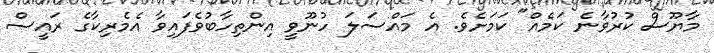
މާޔޫސް ކުރުވާނެ ކަމެއް" ކަމަށެވެ. އެ މައްސަލަ ހުނޫވީ އިންތިހާބުވެފައިވާ އެމެރިކާގެ ރައީސް